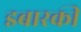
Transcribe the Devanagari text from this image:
इबारकी